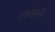
તયારી